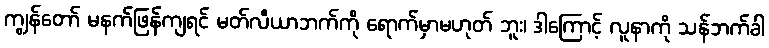
ကျွန်တော် မနက်ဖြန်ကျရင် မတ်လီယာဘက်ကို ရောက်မှာမဟုတ် ဘူး၊ ဒါကြောင့် လူနာကို သန်ဘက်ခါ